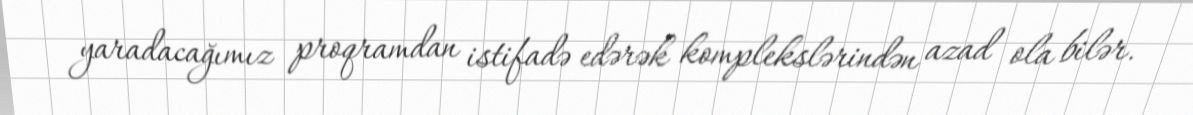
yaradacağımız proqramdan istifadə edərək komplekslərindən azad ola bilər.